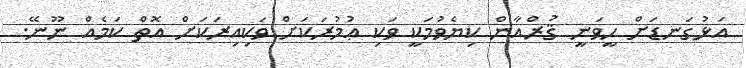
އަޅުގަނޑަށް ހީވަނީ ޤުރްއާން ކިޔެވުމަކީ ވަކި ޢުމުރަކަށް ވަކިއިރަކަށް އޮތް ކަމެއް ނޫނޭ.